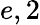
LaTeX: e,2